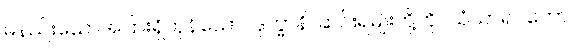
မနည်းသောအပြားရှိကုန်သော။ ဒုက္ခာနိ၊ ဆင်းရဲမျိုးတို့ကို။ သံသာရဂတော၊